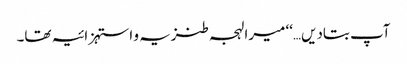
آپ بتادیں…‘‘ میرا لہجہ طنزیہ و استہزائیہ تھا۔